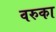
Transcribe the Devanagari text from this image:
वरुका